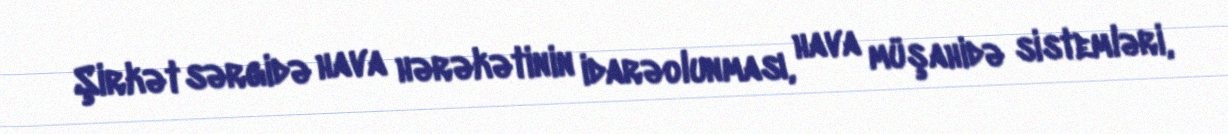
Şirkət sərgidə hava hərəkətinin idarəolunması, hava müşahidə sistemləri,